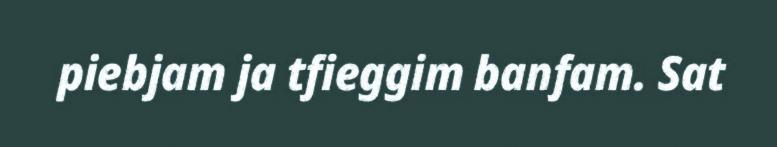
piebjam ja tfieggim banfam. Sat